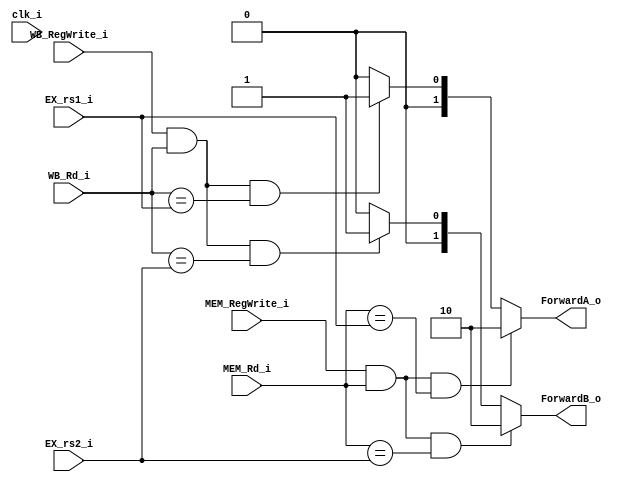
module Forwarding_Unit(
    clk_i,
    EX_rs1_i,
    EX_rs2_i,
    MEM_RegWrite_i,
    MEM_Rd_i,
    WB_RegWrite_i,
    WB_Rd_i,
    ForwardA_o,
    ForwardB_o
);

input               clk_i;
input   [4:0]       EX_rs1_i, EX_rs2_i, MEM_Rd_i, WB_Rd_i;
input               MEM_RegWrite_i, WB_RegWrite_i;

output  [1:0]       ForwardA_o, ForwardB_o;

reg     [1:0]       ForwardA_o, ForwardB_o;

always @(*) begin
    if (MEM_RegWrite_i && MEM_Rd_i && MEM_Rd_i == EX_rs1_i) ForwardA_o <= 2'b10; //EX hazard
    else if (WB_RegWrite_i && WB_Rd_i && WB_Rd_i == EX_rs1_i) ForwardA_o <= 2'b01; //MEM hazard
    else ForwardA_o <= 2'b00;

    if (MEM_RegWrite_i && MEM_Rd_i && MEM_Rd_i == EX_rs2_i) ForwardB_o <= 2'b10; //EX hazard
    else if (WB_RegWrite_i && WB_Rd_i && WB_Rd_i == EX_rs2_i) ForwardB_o <= 2'b01; // MEM hazard
    else ForwardB_o <= 2'b00;

end

endmodule